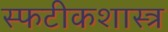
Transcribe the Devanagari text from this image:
स्फटीकशास्त्र